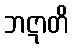
ဘဋာတိ